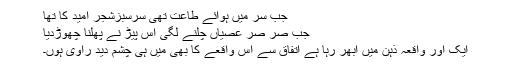
جب سر میں ہوائے طاعت تھی سرسبزشجر امید کا تھا
جب صر صر عصیاں چلنے لگی اس پیڑ نے پھلنا چھوڑدیا
ایک اور واقعہ ذہن میں ابھر رہا ہے اتفاق سے اس واقعے کا بھی میں ہی چشم دید راوی ہوں۔